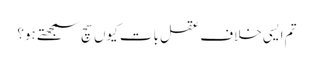
تم ایسی خلاف عقل بات کیوں سچ سمجھتے ہو؟